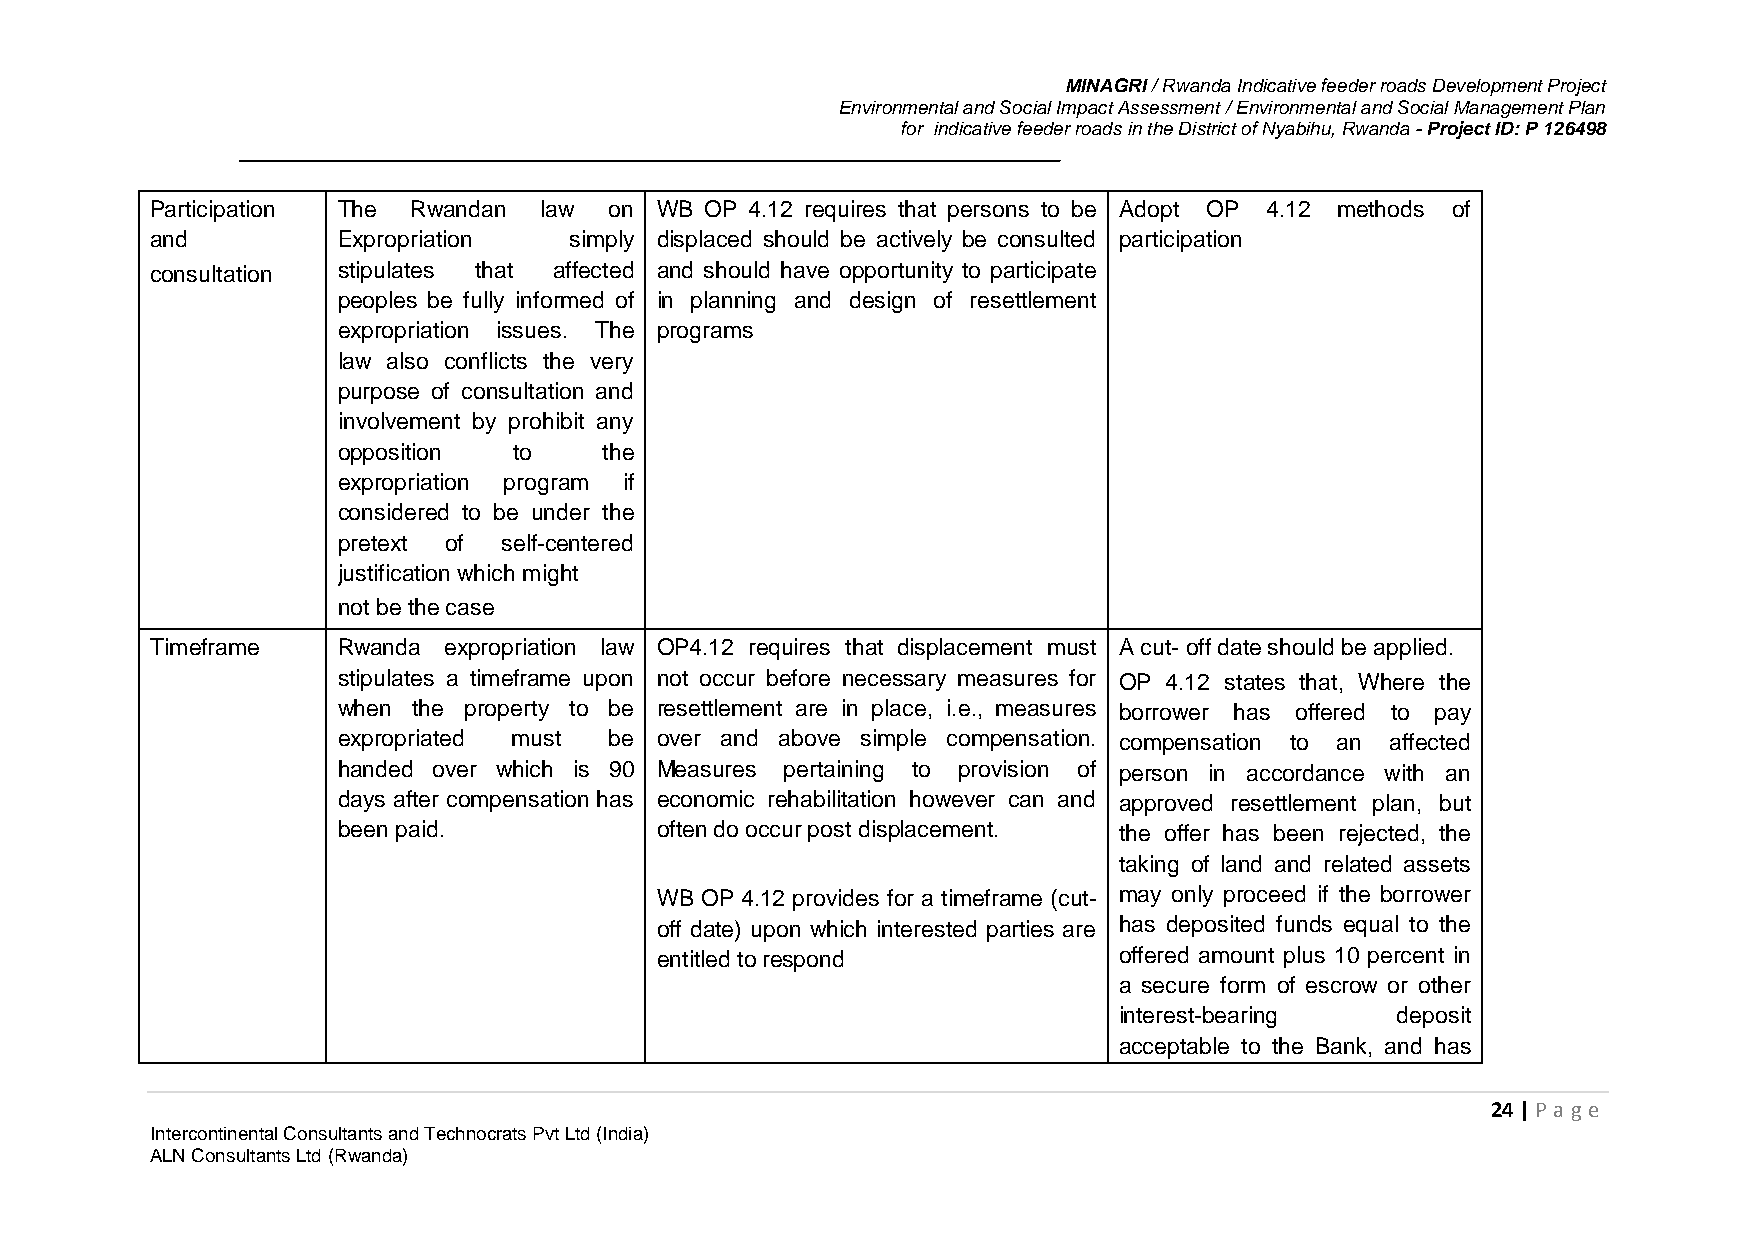
MINAGRI / Rwanda Indicative feeder roads Development Project
 Environmental and Social Impact Assessment / Environmental and Social Management Plan
 for indicative feeder roads in the District of Nyabihu, Rwanda - Project ID: P 126498
 Participation The Rwandan law on WB  OP 4.12 requires that persons to be Adopt OP 4.12 methods of
 and         Expropriation   simply displaced should be actively be consulted participation
 consultation stipulates that affected and should have opportunity to participate
 peoples be fully informed of in planning and design of resettlement
 expropriation issues. The programs
 law also conflicts the very
 purpose of consultation and
 involvement by prohibit any
 opposition  to    the
 expropriation program if
 considered to be under the
 pretext of self-centered
 justification which might
 not be the case
 Timeframe   Rwanda expropriation law OP4.12 requires that displacement must A cut- off date should be applied.
 stipulates a timeframe upon not occur before necessary measures for OP 4.12 states that, Where the
 when the property to be resettlement are in place, i.e., measures borrower has offered to pay
 expropriated must be over and above simple compensation. compensation to an affected
 handed over which is 90 Measures pertaining to provision of person in accordance with an
 days after compensation has economic rehabilitation however can and approved resettlement plan, but
 been paid.           often do occur post displacement. the offer has been rejected, the
 taking of land and related assets
 WB OP 4.12 provides for a timeframe (cut- may only proceed if the borrower
 off date) upon which interested parties are has deposited funds equal to the
 entitled to respond            offered amount plus 10 percent in
 a secure form of escrow or other
 interest-bearing  deposit
 acceptable to the Bank, and has
 24 | P age
 Intercontinental Consultants and Technocrats Pvt Ltd (India)
 ALN Consultants Ltd (Rwanda)